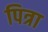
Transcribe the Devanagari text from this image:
पित्रा